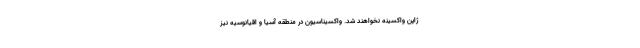
ژاپن واکسینه نخواهند شد. واکسیناسیون در منطقه آسیا و اقیانوسیه نیز